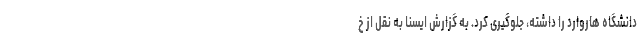
دانشگاه هاروارد را داشته، جلوگیری کرد. به گزارش ایسنا به نقل از خ